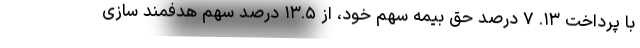
با پرداخت ۱۳. ۷ درصد حق بیمه سهم خود، از ۱۳.۵ درصد سهم هدفمند سازی